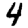
Digit: 4